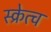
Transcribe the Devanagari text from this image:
स्क्रेत्च